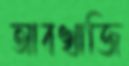
আবখাজি